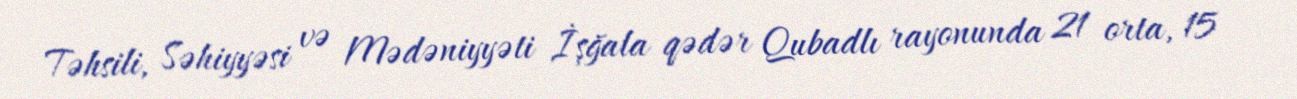
Təhsili, Səhiyyəsi və Mədəniyyəti İşğala qədər Qubadlı rayonunda 21 orta, 15